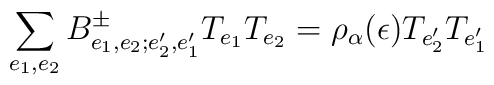
\sum_{e_1,e_2}B^\pm_{e_1,e_2;e'_2,e'_1}T_{e_1}T_{e_2}=\rho_\alpha(\epsilon)T_{e'_2}T_{e'_1}